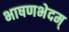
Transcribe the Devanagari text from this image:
भाषणभेदम्